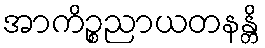
အာကိဉ္စညာယတနန္တိ